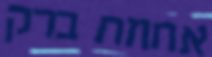
אחוזת ברק